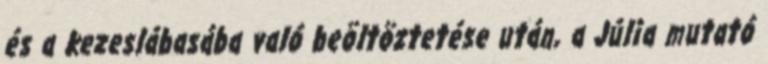
és a kezeslábasába való beöltöztetése után, a Júlia mutató